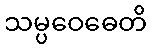
သမ္ပဝေဓေတိ